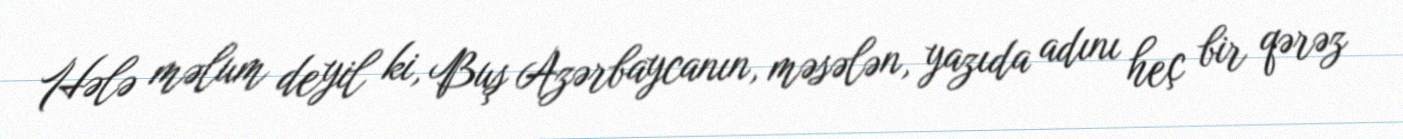
Hələ məlum deyil ki, Buş Azərbaycanın, məsələn, yazıda adını heç bir qərəz